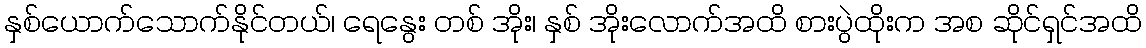
နှစ်ယောက်သောက်နိုင်တယ်၊ ရေနွေး တစ် အိုး၊ နှစ် အိုးလောက်အထိ စားပွဲထိုးက အစ ဆိုင်ရှင်အထိ